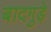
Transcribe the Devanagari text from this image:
बादगुड़े